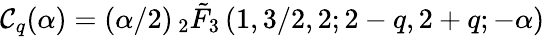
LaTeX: \mathcal{C}_{q}(\alpha)=(\alpha/2)\, {}_{2}\tilde{{F}}_{3}\left(1,3/2,2;2-q,2+q;-\alpha\right)